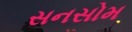
સનસોમ